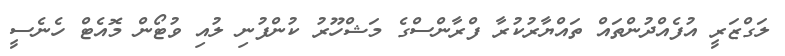
ލަގްޒަރީ އުފެއްދުންތައް ތައްޔާރުކުރާ ފްރާންސްގެ މަޝްހޫރު ކުންފުނި ލުއި ވުޓޯން މޮއެޓް ހެނެސީ